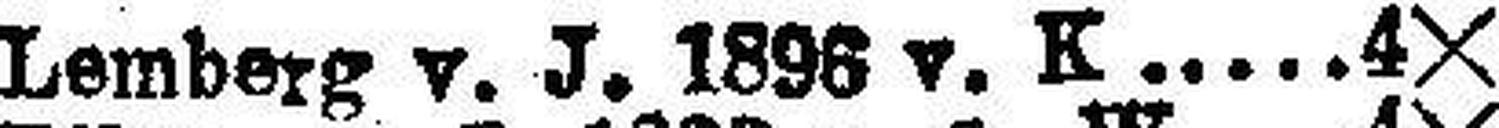
Lemberg v. J. 1896 v. K. 4X